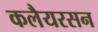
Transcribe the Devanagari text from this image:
कलैयरसन